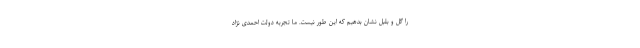
را گل و بلبل نشان بدهیم که این طور نیست. ما تجربه دولت احمدی نژاد